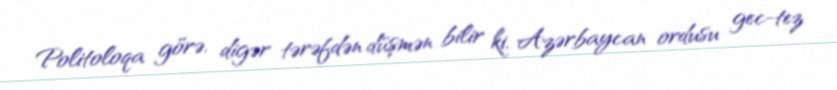
Politoloqa görə, digər tərəfdən düşmən bilir ki, Azərbaycan ordusu gec-tez